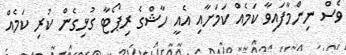
ވެސް ނިންމާފައިވާ ކަމެއް ކަމަށާއި އެއީ ހާޝްގެ ރިޕޯޓާ ގުޅިގެން ކުރި ކަމެއް